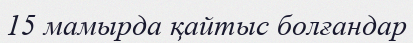
15 мамырда қайтыс болғандар